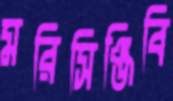
মরিসিঞ্জিবি